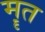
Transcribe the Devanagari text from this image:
मॄत